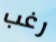
رغب